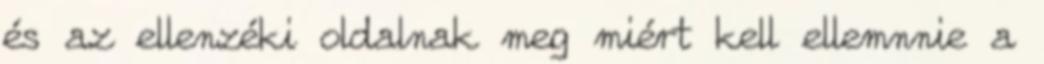
és az ellenzéki oldalnak meg miért kell ellemnnie a